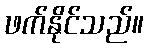
ဖက်နိုင်သည်။